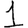
Digit: 1